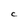
Character: C